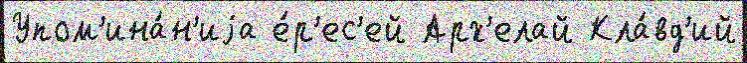
Упом'ина́н'иjа е́р'ес'ей Арх'елай Кла́вд'ий